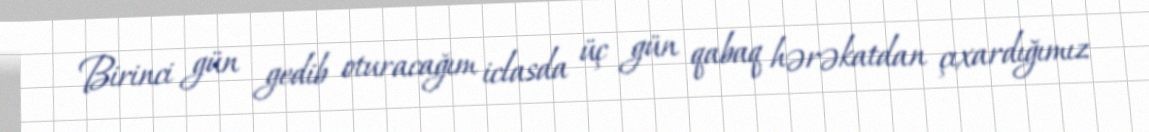
Birinci gün gedib oturacağım iclasda üç gün qabaq hərəkatdan çıxardığımız